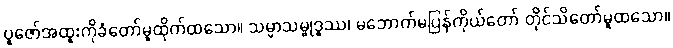
ပူဇော်အထူးကိုခံတော်မူထိုက်ထသော။ သမ္မာသမ္ဗုဒ္ဓဿ၊ မဘောက်မပြန်ကိုယ်တော် တိုင်သိတော်မူထသော။